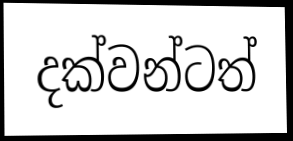
දක්වන්ටත්